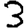
Digit: 3